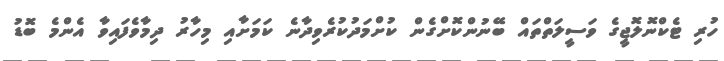
ހުރި ޓެކްނޮލޮޖީގެ ވަސީލަތްތައް ބޭނުންކޮށްގެން ކުށްމަދުކުރެވިދާނެ ކަމަށާއި މިހާރު ދިމާވެފައިވާ އެންމެ ބޮޑު